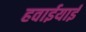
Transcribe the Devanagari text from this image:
हवाईयाई